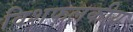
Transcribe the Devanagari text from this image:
विशफलकीय